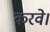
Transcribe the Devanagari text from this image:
करवे।